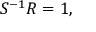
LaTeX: S ^ { - 1 } R = 1 ,